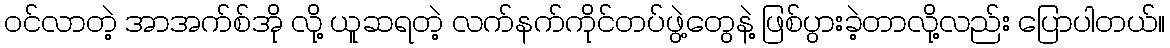
ဝင်လာတဲ့ အာအက်စ်အို လို့ ယူဆရတဲ့ လက်နက်ကိုင်တပ်ဖွဲ့တွေနဲ့ ဖြစ်ပွားခဲ့တာလို့လည်း ပြောပါတယ်။